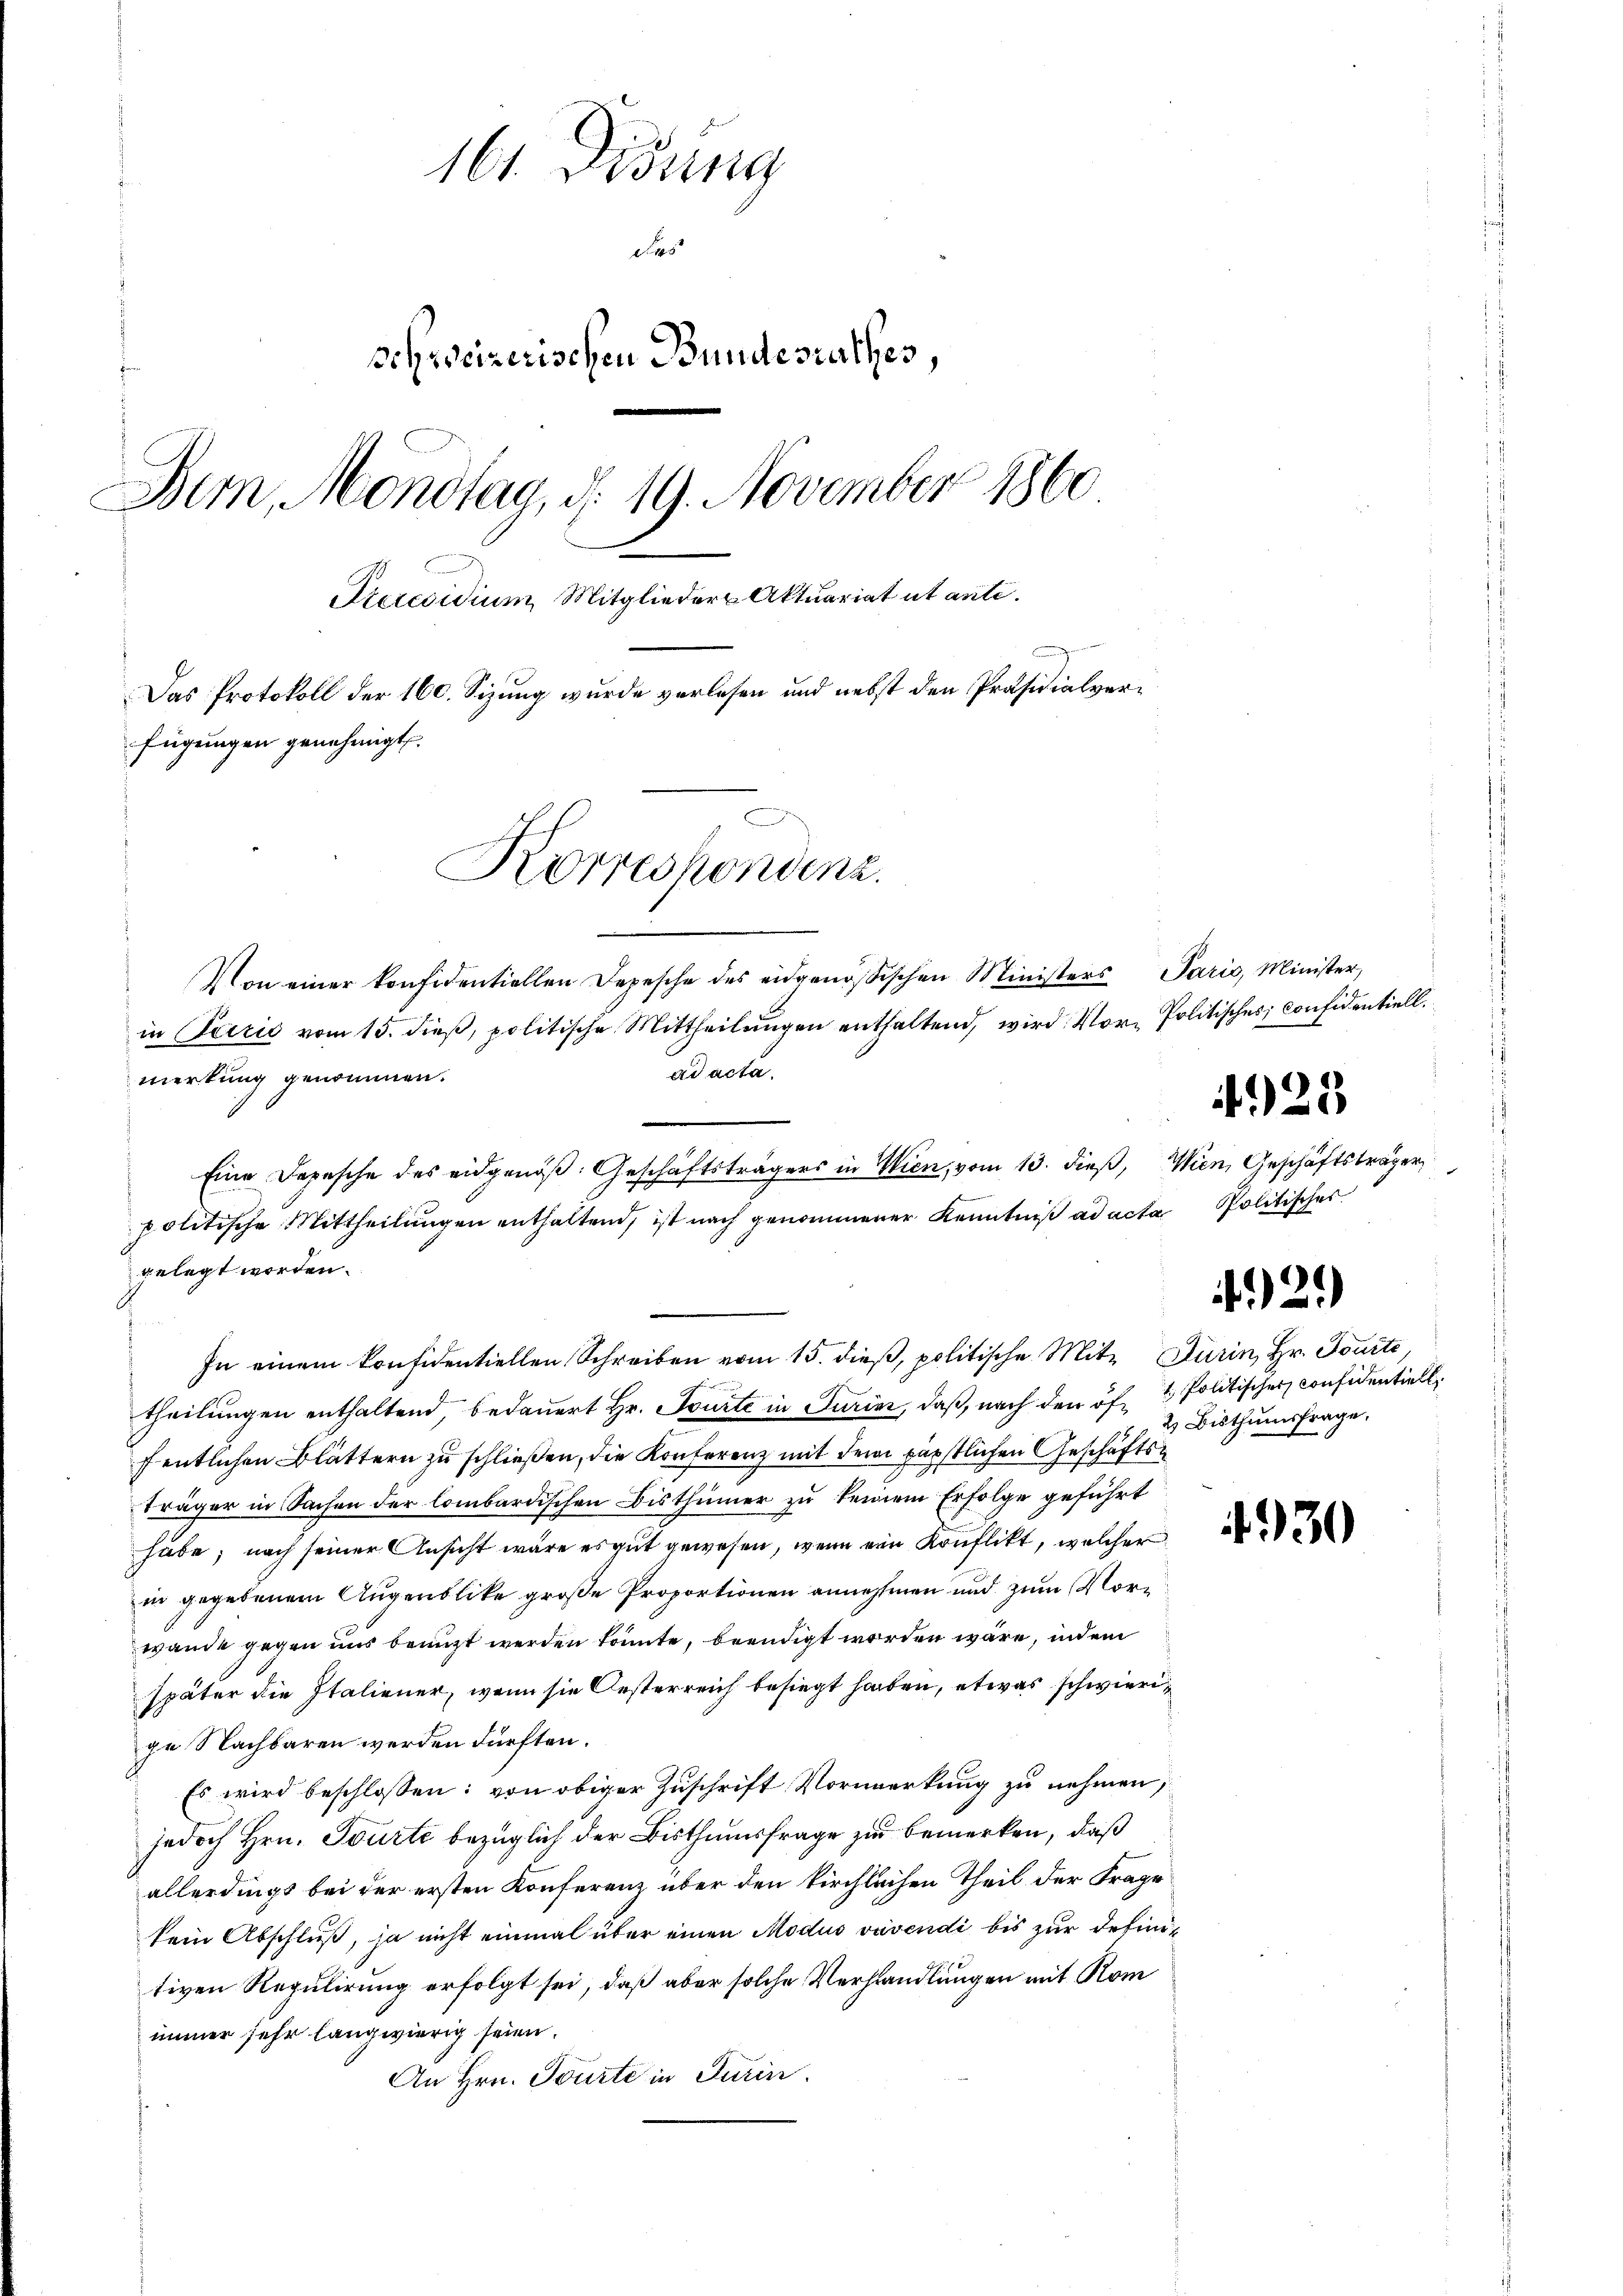
161. Disung
das
schreizerischen Bundesrathes,
Bem, Mondtag, d. 19. November 1860
Pteresidium, Mitglieder Aktuariat et anti¬
Das Protokoll der 160. Sizung wurde verlesen und nebst den Präsidialverfügungen genehmigt.
Korrespondenz.

Von einer konfidentiellen Depesche des eidgenössischen Ministers Paris, Minister,
in Paris vom 15. dieβ, politische Mittheilŭngen enthaltend, wird Vor- Politisches Considentiell.
ad acta.
merkung genommen.
Eine Depesche des eidgenöß: Geschäftsträgers in Wien, vom 13. dieβ, Wien, Geschäftsträger
politische Mittheilŭngen enthaltend, ist nach genommener Kenntniß ad acta Politisches
gelegt worden.
In einem konfidentiellen Schreiben vom 15. dieß, politische Mit- Turin, Hr. Tourte,
theilungen enthaltend, bedauert Hr. Tourte in Turini, daß, nach den öf- & Politischer Confidentiell
fentlichen Blättern zu schließen, die Konferenz mit dem päpstlichen Geschäftsträger in Sachen der lombardischen Bisthümer zu keinem Erfolge geführt
habe; nach seiner Ansicht wäre es gut gewesen, wenn ein Konflikt, welcher
in gegebenem Augenblike große Proportionen annehmen und zum Vorwande gegen uns bringt werden könnte, beendigt worden wäre, indem
später die Italiener, wenn sie Oesterreich besiegt haben, etwas schwieri
ge Nachbaren werden dürften.
Es wird beschlossen: von obiger Zuschrift Vormerkung zu nehmen,
jedoch Hrn. Tourte bezüglich der Bisthumsfrage zu bemerken, daß
allerdings bei der ersten Konferenz über den kirchlichen Theil der Frage
kein Abschluß, ja nicht einmal über einen Modus vivendi bis zur definitiven Regulirung erfolgt sei, daß aber solche Verhandlungen mit Rom
immer sehr langwierig seien.
An Hrn. Tourte in Turin.

425

2) Bisthumsfrage.

42.)

4930